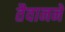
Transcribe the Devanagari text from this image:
तैवानने